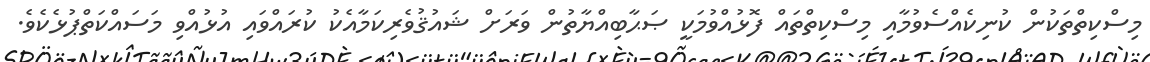
މިސްކިތްތަކުން ކުނިކެއްސެވުމާއި މިސްކިތްތައް ފޮޅުއްވުމަކީ ޞަޙާބިއްޔާތުން ވަރަށް ޝައުޤުވެރިކަމާއެކު ކުރައްވައި އުޅުއްވި މަސައްކަތްޕުޅެކެވެ.